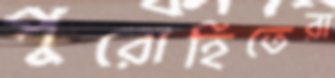
পুরোহিতেরা